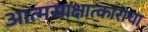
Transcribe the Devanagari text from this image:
आत्मसाक्षात्काराचा